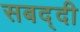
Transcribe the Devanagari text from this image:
सबद्दी